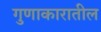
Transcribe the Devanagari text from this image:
गुणाकारातील